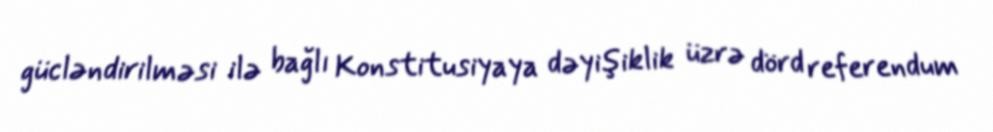
gücləndirilməsi ilə bağlı Konstitusiyaya dəyişiklik üzrə dörd referendum